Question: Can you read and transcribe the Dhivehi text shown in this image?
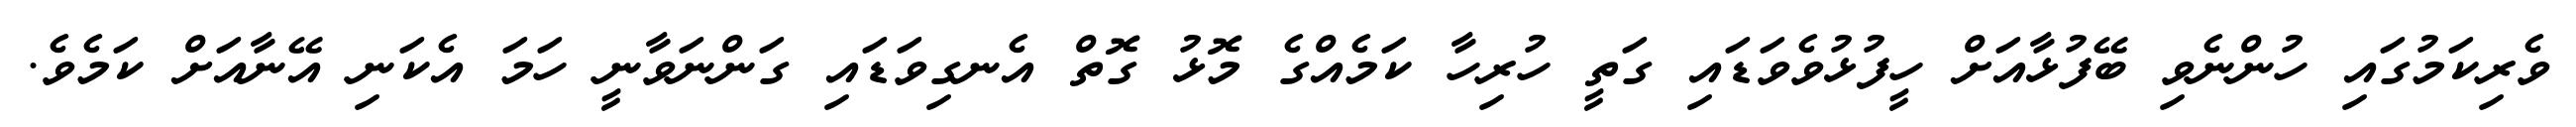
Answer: ވެރިކަމުގައި ހުންނެވި ބޭފުޅާއަށް ހީފުޅުވެވަޑައި ގަތީ ހުރިހާ ކަމެއްގެ މޮޅު ގޮތް އެނގިވަޑައި ގަންނަވާނީ ހަމަ އެކަނި އޭނާއަށް ކަމެވެ.